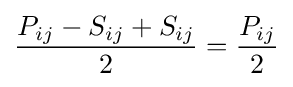
{\frac {P_{ij}-S_{ij}+S_{ij}}{2}}={\frac {P_{ij}}{2}}